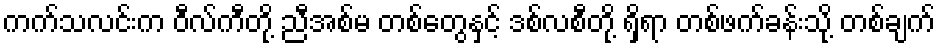
ကက်သလင်းက ဝီလ်ကီတို့ ညီအစ်မ တစ်တွေနှင့် ဒစ်လစီတို့ ရှိရာ တစ်ဖက်ခန်းသို့ တစ်ချက်